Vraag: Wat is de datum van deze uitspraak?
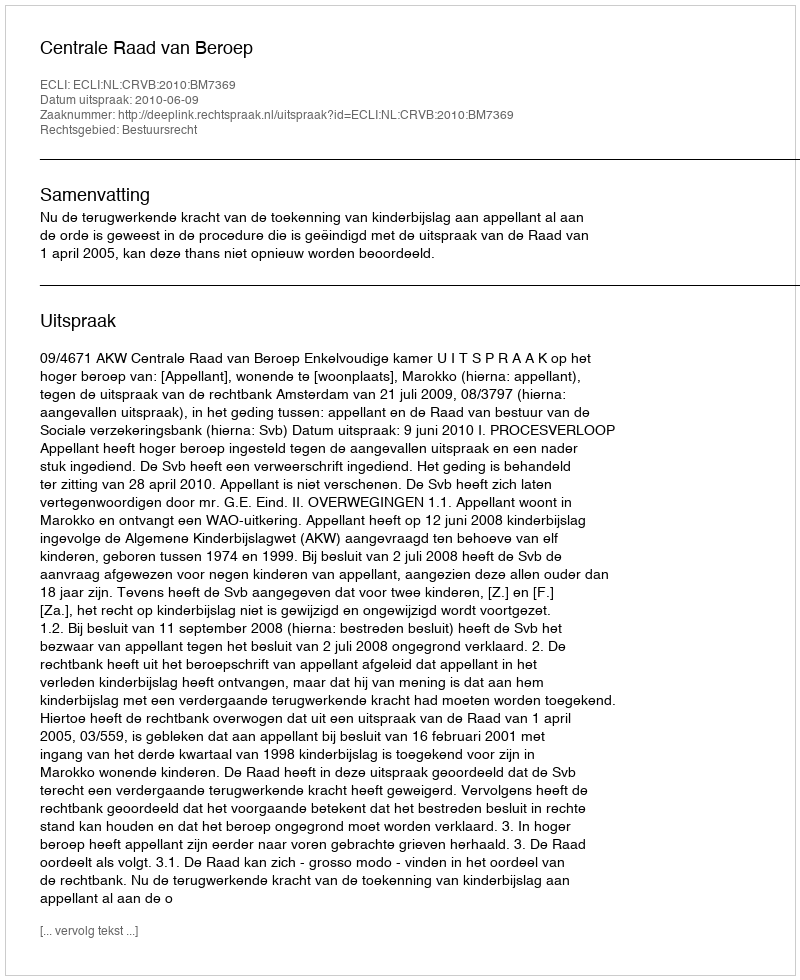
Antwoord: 2010-06-09